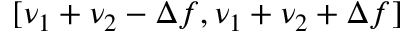
[ \nu _ { 1 } + \nu _ { 2 } - \Delta f , \nu _ { 1 } + \nu _ { 2 } + \Delta f ]